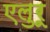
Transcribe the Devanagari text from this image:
एलुरू